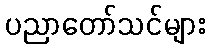
ပညာတော်သင်များ